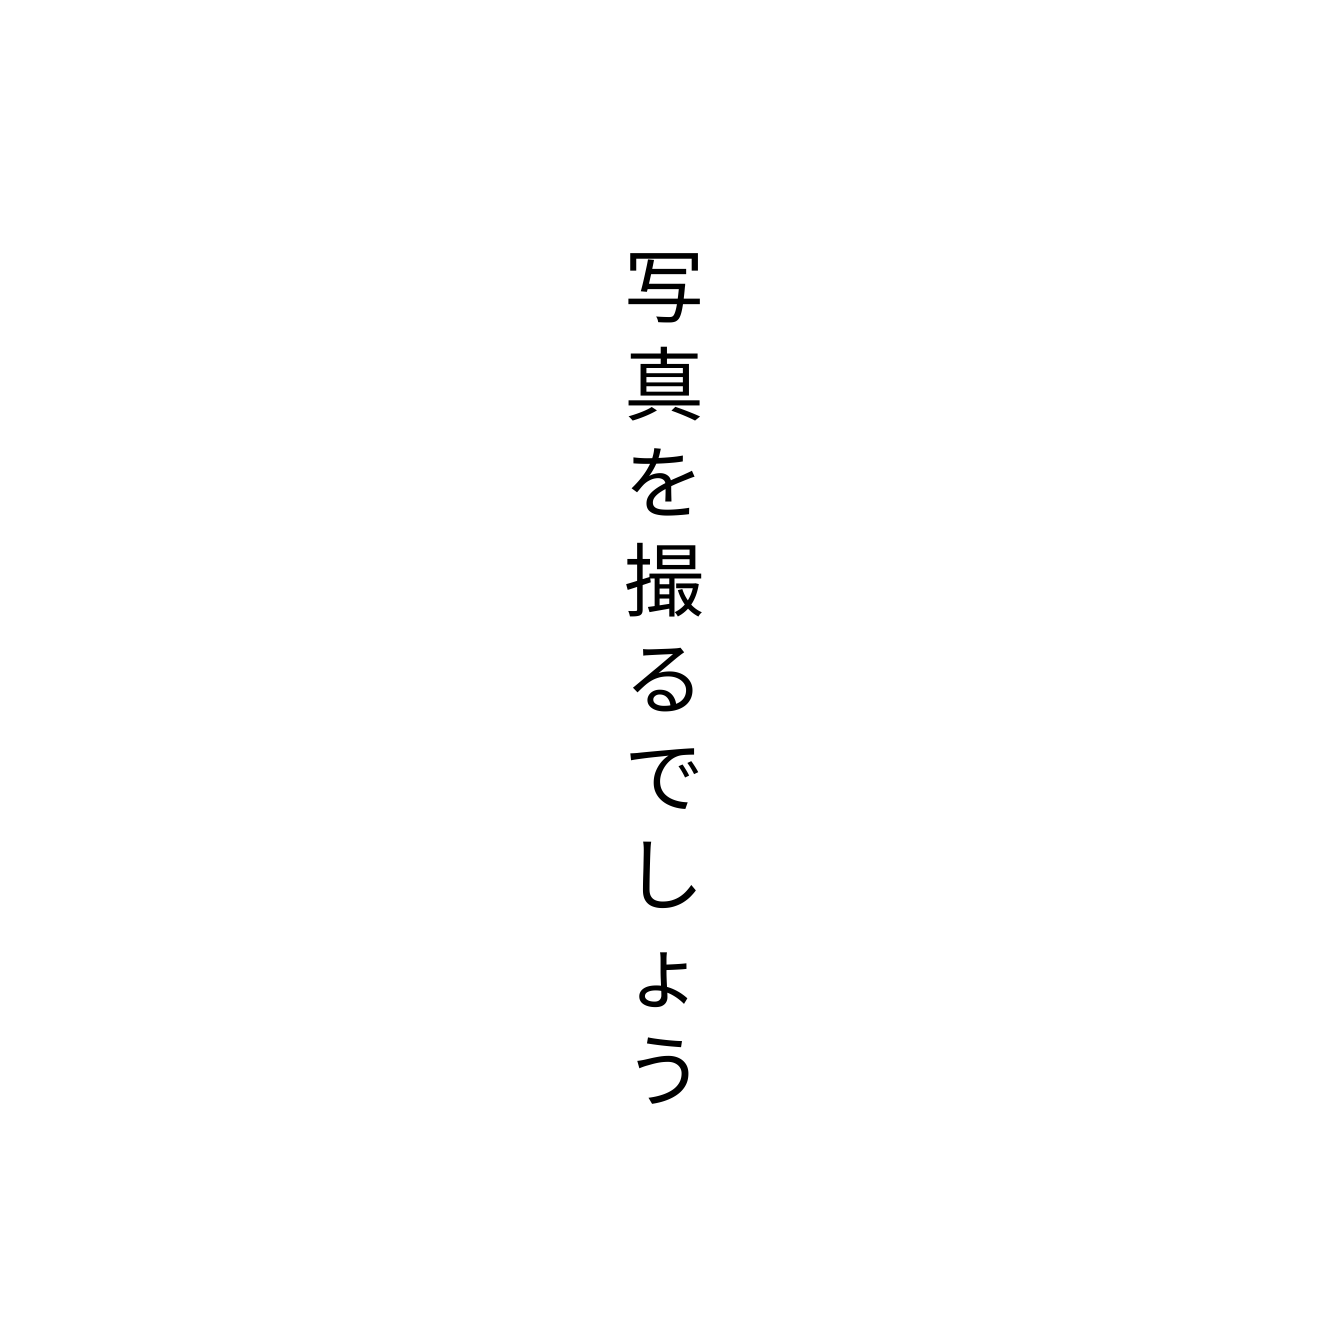
写真を撮るでしょう